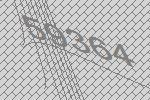
59364